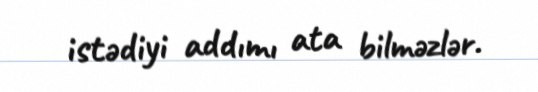
istədiyi addımı ata bilməzlər.